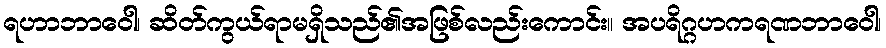
ရဟာဘာဝေါ၊ ဆိတ်ကွယ်ရာမရှိသည်၏အဖြစ်လည်းကောင်း။ အပရိဂ္ဂဟကရဏဘာဝေါ၊